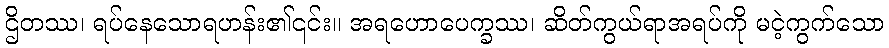
ဌိတဿ၊ ရပ်နေသောရဟန်း၏၎င်း။ အရဟောပေက္ခဿ၊ ဆိတ်ကွယ်ရာအရပ်ကို မငဲ့ကွက်သော